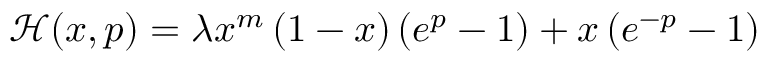
\begin{array} { r } { \mathcal { H } ( x , p ) = \lambda { x ^ { m } } \left( { 1 - x } \right) \left( { { e ^ { p } } - 1 } \right) + x \left( { { e ^ { - p } } - 1 } \right) } \end{array}